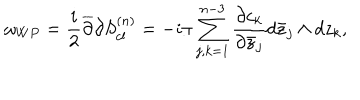
\omega _ { W P } = { \frac { i } { 2 } } { \overline { { \partial } } } { \partial } S _ { c l } ^ { ( n ) } = - i \pi \sum _ { j , k = 1 } ^ { n - 3 } { \frac { \partial c _ { k } } { \partial { \bar { z } _ { j } } } } d \bar { z } _ { j } \wedge d z _ { k } ,